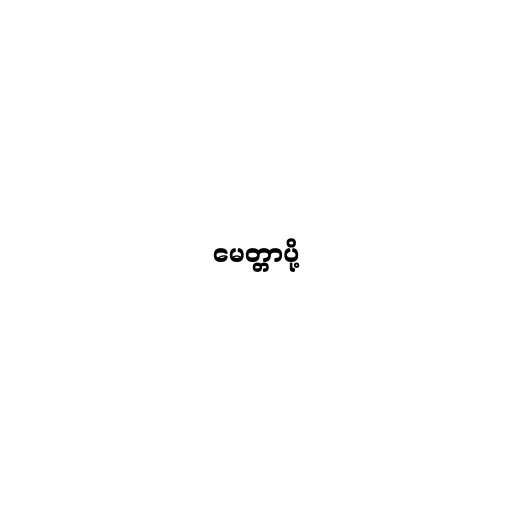
မေတ္တာပို့